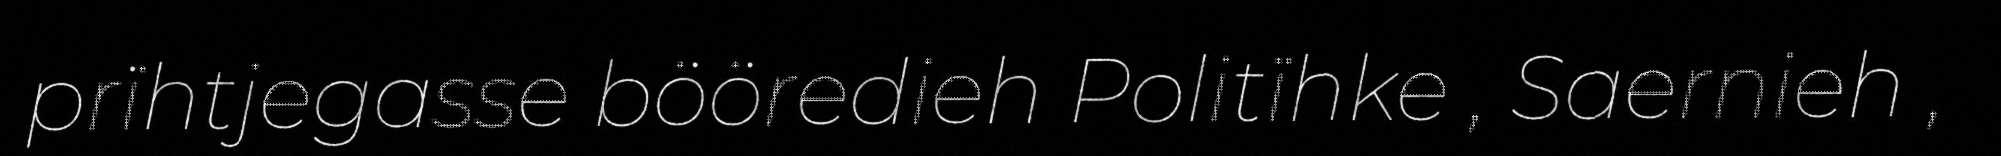
prïhtjegasse bööredieh Politïhke , Saernieh ,